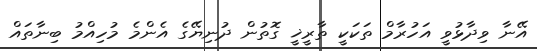
އޭނާ ވިދާޅުވީ އަހުރާމް ތަކަކީ ތާރީޚީ ގޮތުން ދުނިޔޭގެ އެންމެ މުހިއްމު ބިނާތައް